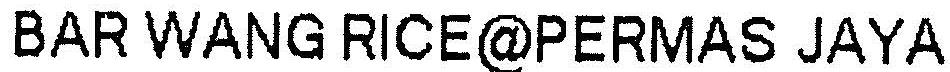
BAR WANG RICE@PERMAS JAYA